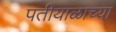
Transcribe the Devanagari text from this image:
पतीयाळाच्या